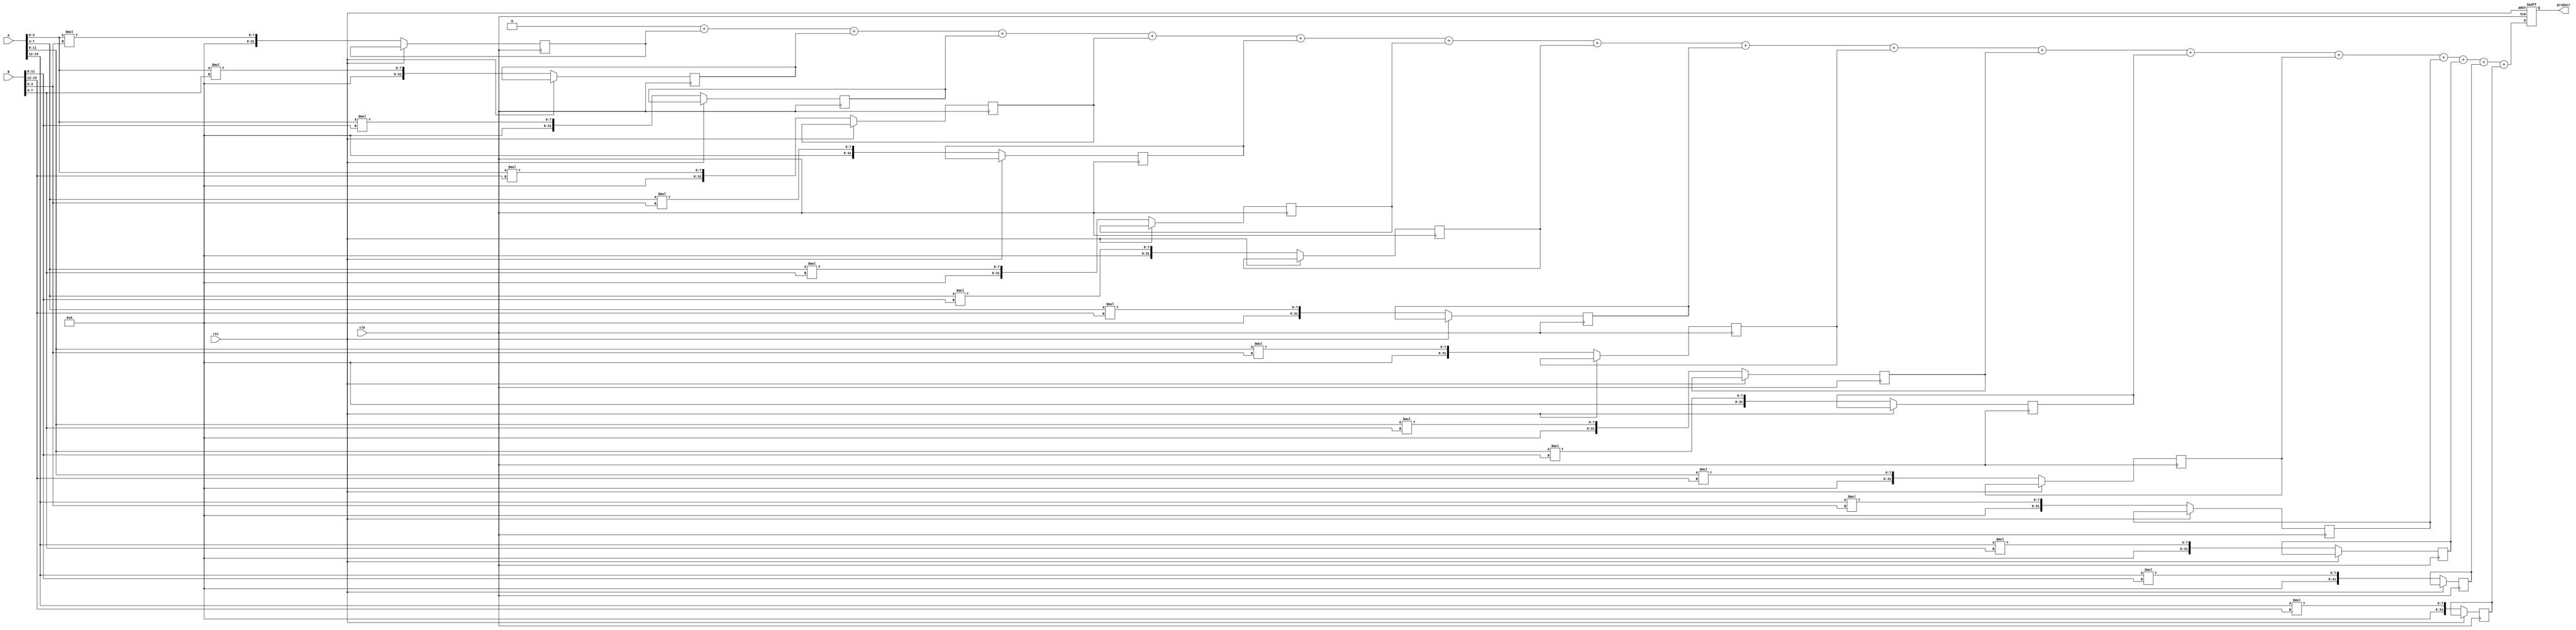
module PipelinedSlicedMultiplier #(
    parameter A_WIDTH = 16,       // Bit width of operand A
    parameter B_WIDTH = 16,       // Bit width of operand B
    parameter SLICE_WIDTH = 4     // Bit width of each slice
) (
    input                   clk,    // Clock
    input                   rst,    // Reset
    input [A_WIDTH-1:0]    A,      // Input operand A
    input [B_WIDTH-1:0]    B,      // Input operand B
    output reg [A_WIDTH+B_WIDTH-1:0]  product  // Output product
);

    // Number of slices
    localparam A_SLICES = A_WIDTH / SLICE_WIDTH;
    localparam B_SLICES = B_WIDTH / SLICE_WIDTH;

    // Internal signals
    reg [A_WIDTH-1:0] a_slices [0:A_SLICES-1];
    reg [B_WIDTH-1:0] b_slices [0:B_SLICES-1];
    reg [(A_WIDTH + B_WIDTH) - 1:0] partial_products [0:A_SLICES*B_SLICES-1];
    reg [A_WIDTH+B_WIDTH-1:0] sum;

// Pipeline stages
    integer i, j;

    // Slice input operands into smaller segments
    always @(*) begin
        for (i = 0; i < A_SLICES; i = i + 1) begin
            a_slices[i] = A[(i+1)*SLICE_WIDTH-1:i*SLICE_WIDTH];
        end
        
        for (j = 0; j < B_SLICES; j = j + 1) begin
            b_slices[j] = B[(j+1)*SLICE_WIDTH-1:j*SLICE_WIDTH];
        end
    end

    // Partial product generation (Pipelined)
    always @(posedge clk or posedge rst) begin
        if (rst) begin
            product <= 0;
        end else begin
            // Generate partial products
            for (i = 0; i < A_SLICES; i = i + 1) begin
                for (j = 0; j < B_SLICES; j = j + 1) begin
                    partial_products[i*B_SLICES + j] <= a_slices[i] * b_slices[j];
                end
            end
            
            // Adder tree for partial products
            sum = 0;
            for (i = 0; i < A_SLICES * B_SLICES; i = i + 1) begin
                sum = sum + partial_products[i];
            end
            
            // Output the final product
            product <= sum;
        end
    end

endmodule